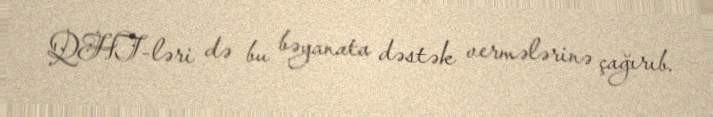
QHT-ləri də bu bəyanata dəstək vermələrinə çağırıb.